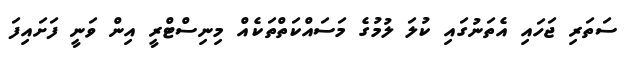
ސަތަރި ޖަހައި އެތަނުގައި ކުލަ ލުމުގެ މަސައްކަތްތަކެއް މިނިސްޓްރީ އިން ވަނީ ފަށައިފަ